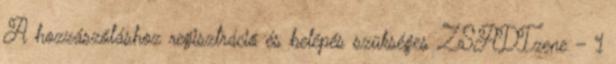
A hozzászóláshoz regisztráció és belépés szükséges ZSADIzene – 1